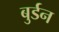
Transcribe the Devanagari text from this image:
बुर्डन